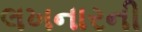
લખનારની